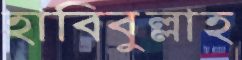
হাবিবুল্লাহ